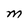
Character: M